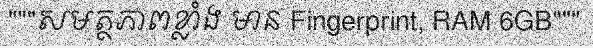
"""សមត្ថភាពខ្លាំង មាន Fingerprint, RAM 6GB"""